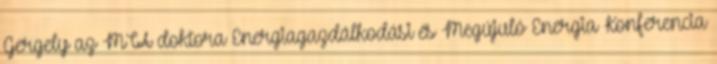
Gergely az MTA doktora Energiagazdálkodási és Megújuló Energia Konferencia